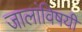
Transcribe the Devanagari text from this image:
जालांविषयी